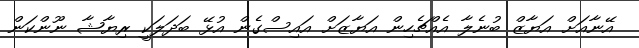
އޭނާއަށް އަޔާޒް ބުނެލާ އެއްޗެހިން އަޔާޒަށް އައިސްގެން އުޅޭ ބަދަލަކީ ރިޔާޝާ ނޫންކަން